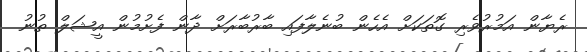
ރެޔާން އަމުރުވެރި ގޮތަކަށް އެހެން ބުނެލާފައި ބާރުބާރަށް ދާން ފެށުމުން އީޝަލް ތުނު